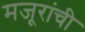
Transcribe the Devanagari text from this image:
मजूरांची